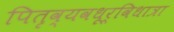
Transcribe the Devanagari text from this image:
पितृव्यवधूर्विधात्रा